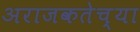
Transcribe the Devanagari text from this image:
अराजकतेच्या